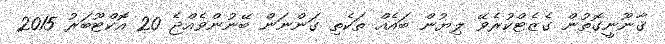
ޤާނޫނީގޮތުން ގެޒެޓްކުރެވޭ ލިޔުން ބައެއް ތަކެތި ގަންނަން ބޭނުންވެއްޖެ 20 އޮކްޓޫބަރު 2015